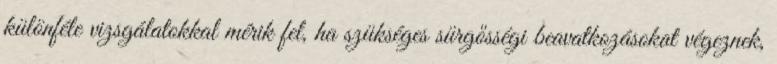
különféle vizsgálatokkal mérik fel, ha szükséges sürgősségi beavatkozásokat végeznek,